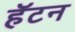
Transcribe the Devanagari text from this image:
हॅटन